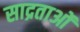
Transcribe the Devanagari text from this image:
साद्रताओं